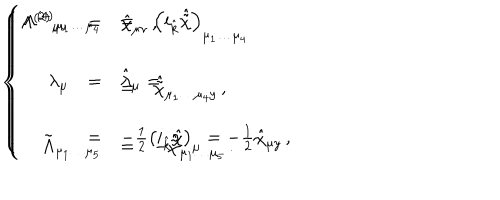
LaTeX: \left\{ \begin{array} { r c l } { { \Lambda ^ { ( 2 ) } { } _ { \mu \nu } } } & { { = } } & { { \hat { \chi } _ { \mu \nu } \, , } } \\ { { } } & { { } } & { { } } \\ { { \lambda _ { \mu } } } & { { = } } & { { \hat { \lambda } _ { \mu } = } } \\ { { } } & { { } } & { { } } \\ { { } } & { { = } } & { { - \frac { 1 } { 2 } \left( i _ { \hat { k } } \hat { \chi } \right) _ { \mu } = - \frac { 1 } { 2 } \hat { \chi } _ { \mu y } \, , } } \\ \end{array} \right. \hspace { . 5 c m } \left\{ \begin{array} { r c l } { { \Lambda ^ { ( 4 ) } { } _ { \mu _ { 1 } \ldots \mu _ { 4 } } } } & { { = } } & { { \left( i _ { \hat { k } } \hat { \tilde { \chi } } \right) _ { \mu _ { 1 } \ldots \mu _ { 4 } } } } \\ { { } } & { { } } & { { } } \\ { { } } & { { = } } & { { \hat { \tilde { \chi } } _ { \mu _ { 1 } \ldots \mu _ { 4 } y } \, , } } \\ { { } } & { { } } & { { } } \\ { { \tilde { \Lambda } _ { \mu _ { 1 } \ldots \mu _ { 5 } } } } & { { = } } & { { - \hat { \tilde { \chi } } _ { \mu _ { 1 } \ldots \mu _ { 5 } } \, . } } \\ \end{array} \right.